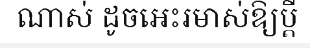
ណាស់ ដូចអេះរមាស់ឱ្យប្តី